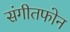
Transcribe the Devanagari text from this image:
संगीतफोन